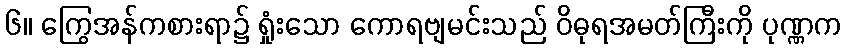
၆။ ကြွေအန်ကစားရာ၌ ရှုံးသော ကောရဗျမင်းသည် ဝိဓုရအမတ်ကြီးကို ပုဏ္ဏက